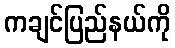
ကချင်ပြည်နယ်ကို